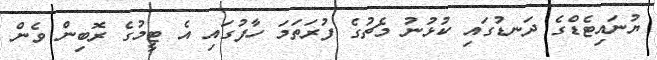
ޔުނައިޓެޑްގެ ދަނޑުގައި ކުޅުނު މެޗުގެ ފުރަތަމަ ހާފުގައި އެ ޓީމުގެ ރޮބިން ވެން